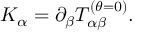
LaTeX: K _ { \alpha } = \partial _ { \beta } T _ { \alpha \beta } ^ { ( \theta = 0 ) } .